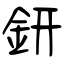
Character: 鈃